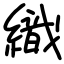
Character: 織